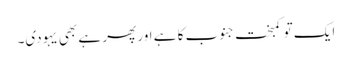
ایک تو کمبخت جنوب کا ہے اور پھر ہے بھی یہودی۔